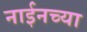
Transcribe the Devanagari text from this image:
नाईनच्या